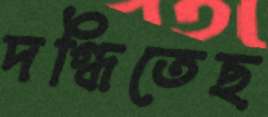
দগ্ধিতেছ